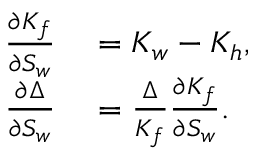
\begin{array} { r } { \begin{array} { r l } { \frac { \partial K _ { f } } { \partial S _ { w } } } & { { } = K _ { w } - K _ { h } , } \\ { \frac { \partial \Delta } { \partial S _ { w } } } & { { } = \frac { \Delta } { K _ { f } } \frac { \partial K _ { f } } { \partial S _ { w } } . } \end{array} } \end{array}